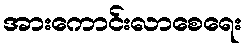
အားကောင်းလာစေရေး